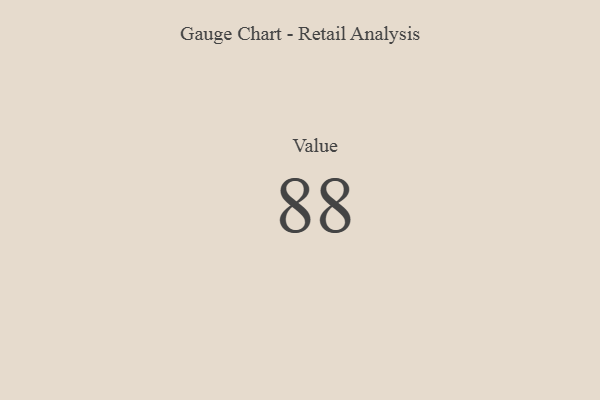
{"axis": {"x": "Metric", "y": "Value"}, "legend": [""], "data": [{"x": "Value", "y": 88, "type": ""}]}